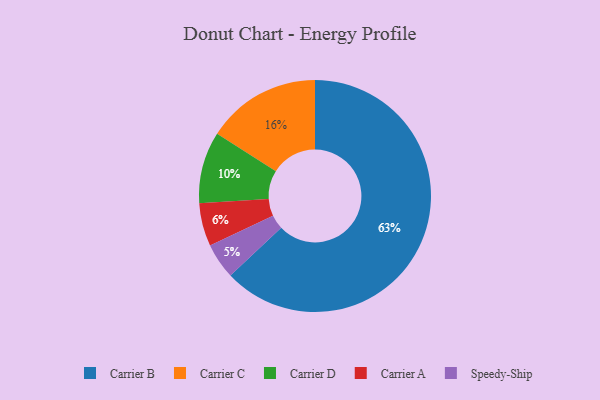
{"axis": {"x": "Category", "y": "Percentage"}, "legend": ["Carrier A", "Carrier B", "Carrier C", "Carrier D", "Speedy-Ship"], "data": [{"x": "Speedy-Ship", "y": 5, "type": "Speedy-Ship"}, {"x": "Carrier D", "y": 10, "type": "Carrier D"}, {"x": "Carrier A", "y": 6, "type": "Carrier A"}, {"x": "Carrier C", "y": 16, "type": "Carrier C"}, {"x": "Carrier B", "y": 63, "type": "Carrier B"}]}